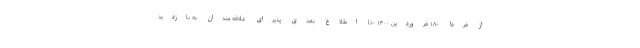
از فردا -۱۸ فروردین ۱۴۰۰ -تا اطلاع بعدی پذیرای علاقه مندان به بازدید